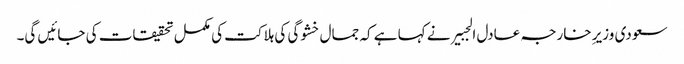
سعودی وزیرِ خارجہ عادل الجبیر نے کہا ہے کہ جمال خشوگی کی ہلاکت کی مکمل تحقیقات کی جائیں گی۔